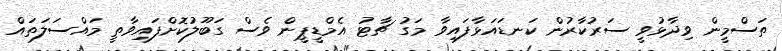
ތަސްމީން ވިދާޅުވީ ސަރުކާރުން ކަނޑައަޅާފައިވާ މަގު ޗާޓު އެމްޑީޕީން ވެސް ގަބޫލުކޮށްފައިވާތީ މައްސަލަތައް